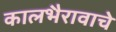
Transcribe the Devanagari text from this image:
कालभैरावाचे